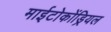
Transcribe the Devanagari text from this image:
माईटोकोंड्रियल